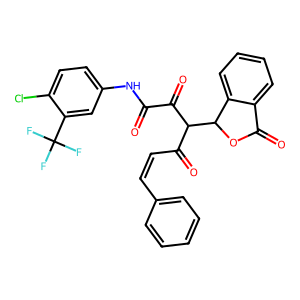
SMILES: O=C(Nc1ccc(Cl)c(C(F)(F)F)c1)C(=O)C(C(=O)C=Cc1ccccc1)C1OC(=O)c2ccccc21
Inhibits HIV replication: No